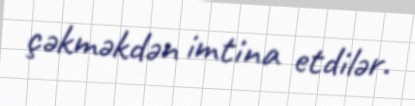
çəkməkdən imtina etdilər.